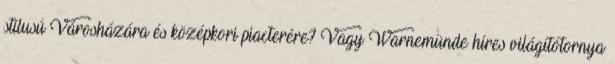
stílusú Városházára és középkori piacterére? Vagy Warnemünde híres világítótornya